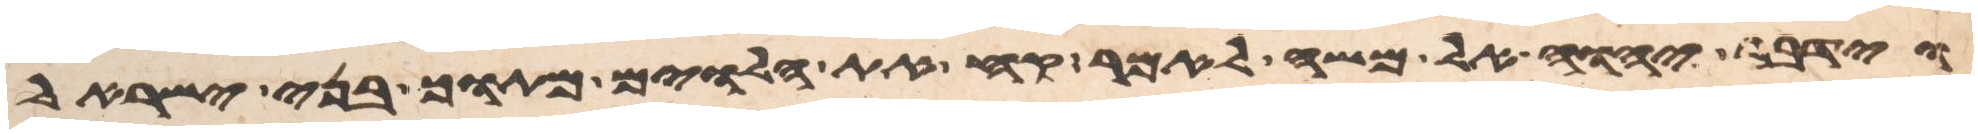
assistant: וידבר יהוה אל משה לאמר קח את הלוים מתוך בני ישראל